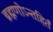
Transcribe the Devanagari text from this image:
ब्रह्मणोऽन्तहिर्तं